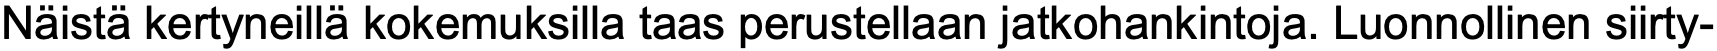
Näistä kertyneillä kokemuksilla taas perustellaan jatkohankintoja. Luonnollinen siirty-